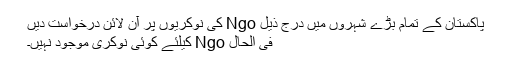
پاکستان کے تمام بڑے شہروں میں درج ذیل Ngo کی نوکریوں پر آن لائن درخواست دیں
فی الحال Ngo کیلئے کوئی نوکری موجود نہیں۔